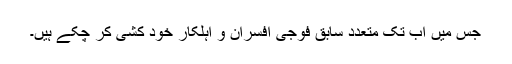
جس میں اب تک متعدد سابق فوجی افسران و اہلکار خود کشی کر چکے ہیں۔